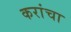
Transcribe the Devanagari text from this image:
करांचा